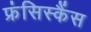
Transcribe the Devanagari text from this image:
फ्रंसिस्कैंस